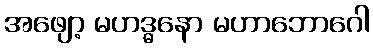
အဖျော့ မဟဒ္ဓနော မဟာဘောဂေါ